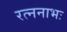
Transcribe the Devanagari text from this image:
रत्ननाभः